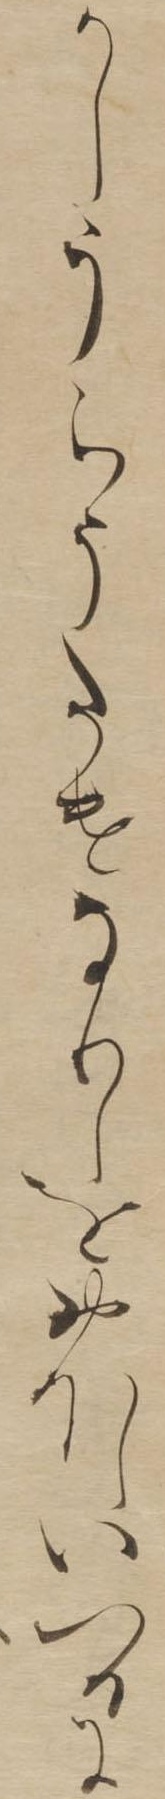
かしうらうたけなりしをおほしいつるに